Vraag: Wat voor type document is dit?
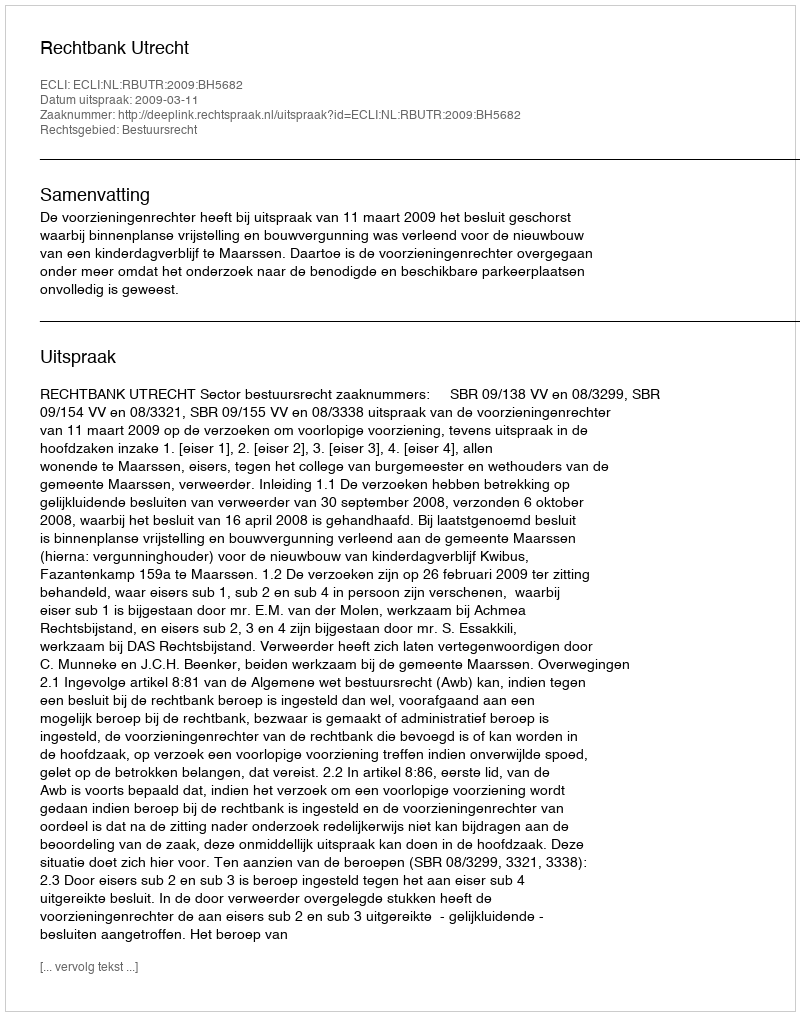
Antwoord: Uitspraak